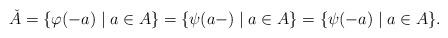
LaTeX: \begin{align*}\check{A}= \{\varphi(-a)\mid a\in A\} = \{\psi(a-)\mid a\in A\} = \{\psi(-a)\mid a\in A\}. \end{align*}